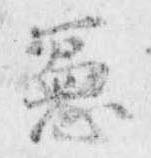
憲